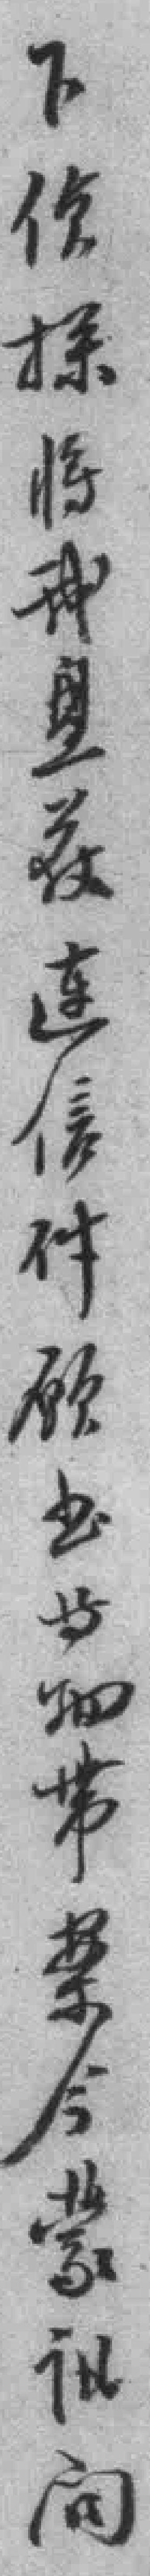
下侦探将我*连信件願*等物帶案今蒙讯问